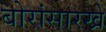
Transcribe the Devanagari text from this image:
बोरांसारखे